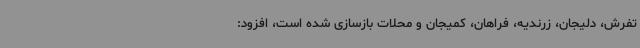
تفرش، دلیجان، زرندیه‌، فراهان، کمیجان و محلات بازسازی شده است، افزود: